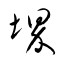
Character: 堺